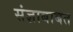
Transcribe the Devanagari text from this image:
संज्ञाबाबत